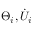
\Theta _ { i } , { \dot { U } } _ { i }